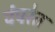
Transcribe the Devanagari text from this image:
पंपरेत